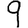
Digit: 9